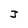
Character: 3